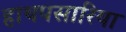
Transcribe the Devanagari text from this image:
हाथपसारिया